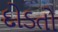
દોડતો